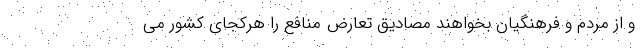
و از مردم و فرهنگیان بخواهند مصادیق تعارض منافع را هرکجای کشور می